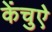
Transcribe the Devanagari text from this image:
केंचुऐ